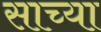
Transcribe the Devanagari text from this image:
साच्या